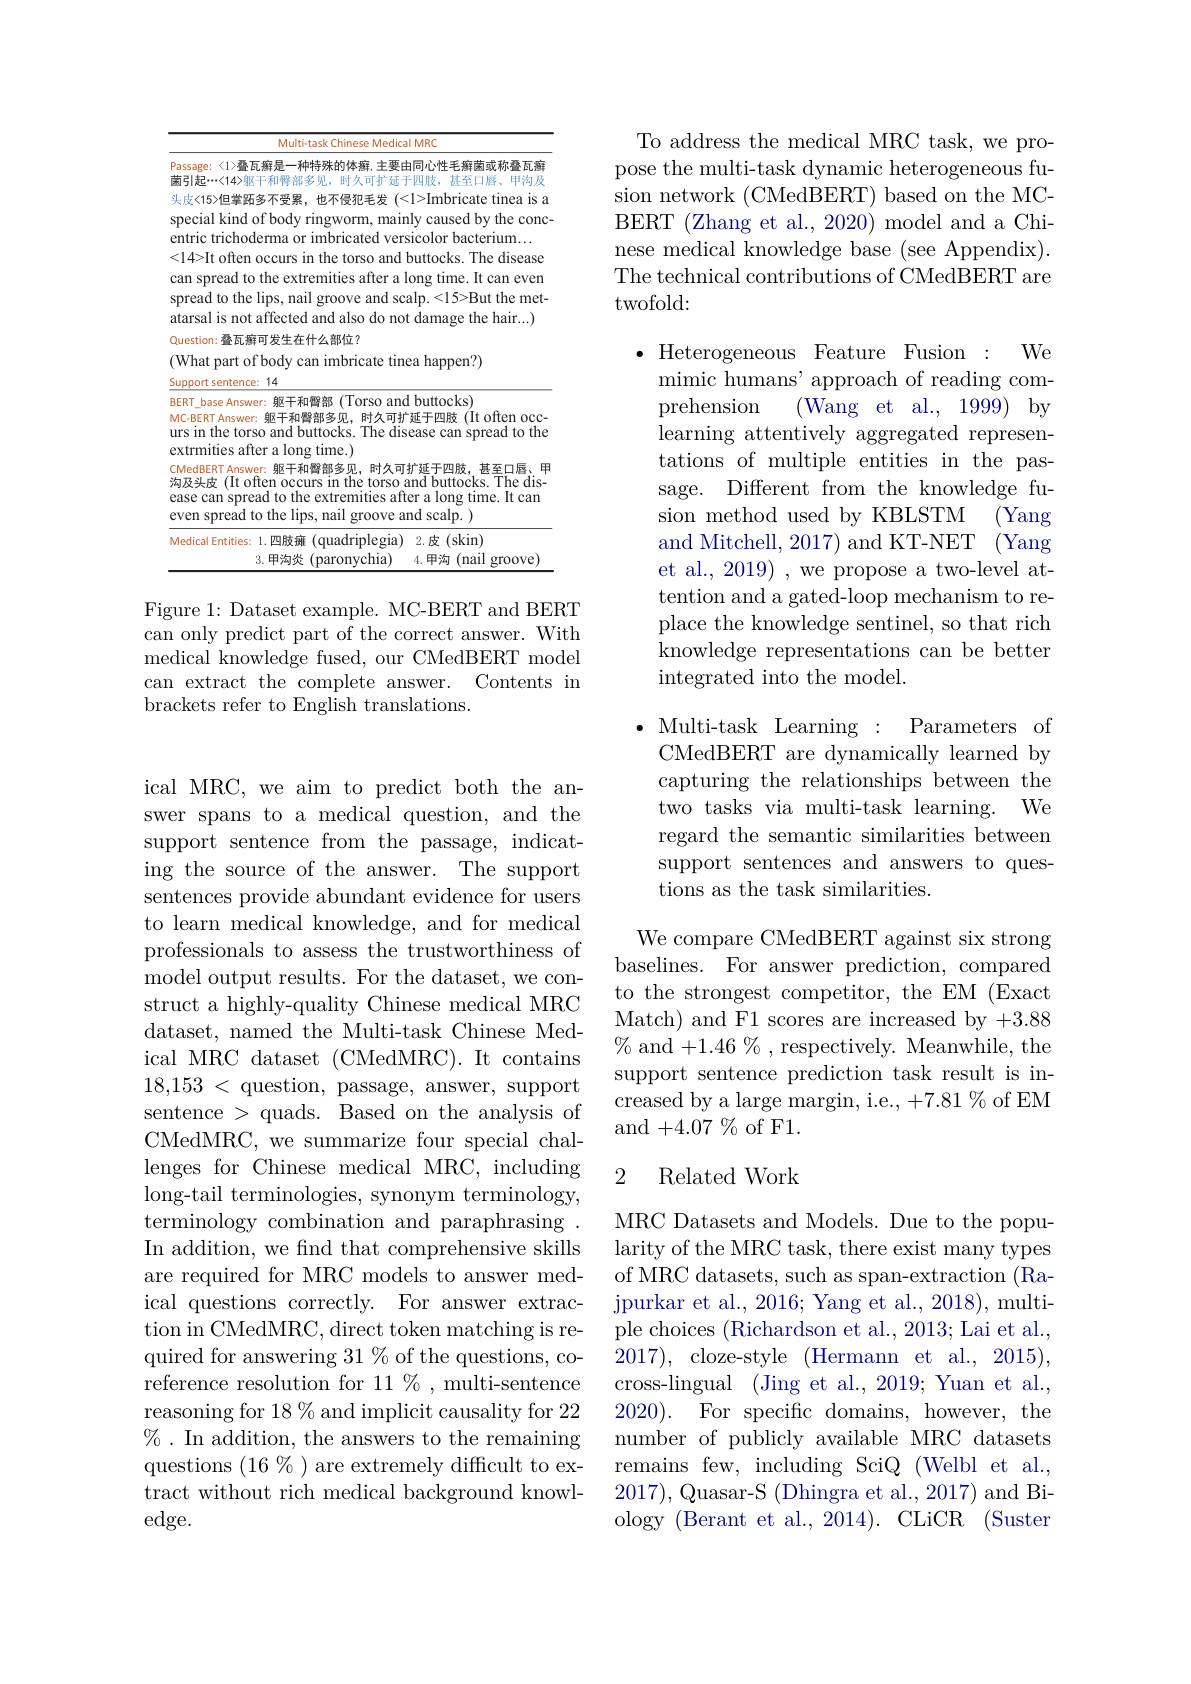
Multi-task Chinese Medical MRC
<table>
	<tbody>
		<tr>
			<td>Passage: <1>叠瓦癬是一种特殊的体癬，主要由 菌引起$\cdots<14>躯干和臀部多见，时久可扩延于$</td>
			<td>同心性毛癣菌或称叠瓦癣 四肢，甚至口唇、甲沟及</td>
		</tr>
		<tr>
			<td>头皮<15>但掌跖多不受累，也不侵犯毛发</td>
			<td>l>Imbricate tinea is a</td>
		</tr>
		<tr>
			<td>special kind of body ringworm, maim entric trichoderma or imbricated vers</td>
			<td>caused by the conc- icolor bacterium...</td>
		</tr>
		<tr>
			<td><14{>}It often occurs in the torso and</td>
			<td>outtocks. The disease</td>
		</tr>
		<tr>
			<td>can spread to the extremities after a l spread to the lips, nail groove and sca atarsal is not affected and also do not</td>
			<td>time. It can even ong lp. < 15> But the met- damage the hair...)</td>
		</tr>
		<tr>
			<td>(What part of body can imbricate tine Support sentence: 14</td>
			<td>$\textbf{happen? })$ $:a$</td>
		</tr>
		<tr>
			<td>BERT base Answer: 躯干和臀部 (Torso and MC-BERT Answer: 躯干和臀部多见，时久可扩 urs in the torso and buttocks. The dis extrmities after a long time.)</td>
			<td>buttocks 延于四肢 (It often occ- ease can spread to the</td>
		</tr>
		<tr>
			<td>mines arter a long time.) CMedBERT Answer: 躯干和臀部多见，时久可 沟及头皮 (It often occurs in the torso a ease can spread to the extremıtıes att even spread to the lips, nail groove at</td>
			<td>广延于四肢，甚至口唇、甲 nd buttocks. The dis- er a long time. It can ${\mathrm{nd~scalp}}.$</td>
		</tr>
		<tr>
			<td>Medical Entities: 1.四肢瘫 (quadriplegia)</td>
			<td>2.皮 (skin)</td>
		</tr>
		<tr>
			<td>3.甲沟炎 (paronvchia)</td>
			<td>4.甲沟 (nail groove</td>
		</tr>
	</tbody>
</table>

Figure 1: Dataset example. MC-BERT and BERT can only predict part of the correct answer. With medical knowledge fused, our CMedBERT model can extract the complete answer. Contents in brackets refer to English translations.

ical MRC, we aim to predict both the answer spans to a medical question, and the support sentence from the passage, indicating the source of the answer. The support sentences provide abundant evidence for users to learn medical knowledge, and for medical professionals to assess the trustworthiness of model output results. For the dataset, we construct a highly-quality Chinese medical MRC dataset, named the Multi-task Chinese Medical MRC dataset (CMedMRC).It contains 18,153 <question, passage, answer, support sentence > quads. Based on the analysis of CMedMRC, we summarize four special challenges for Chinese medical MRC, including long-tail terminologies, synonym terminology, terminology combination and paraphrasing In addition, we find that comprehensive skills are required for MRC models to answer medical questions correctly. For answer extrac- $\operatorname{tion}$ in CMedMRC, direct token matching is required for answering $31\%$ of the questions, coreference resolution for 11 % , multi-sentence reasoning for 18 % and implicit causality for 22 $\%.$ In addition, the answers to the remaining questions $(16\%)$ are extremely difficult to extract without rich medical background knowledge.

To address the medical MRC task, we propose the multi-task dynamic heterogeneous fusion network (CMedBERT) based on the MCBERT (Zhang et al., 2020) model and a Chinese medical knowledge base (see Appendix). The technical contributions of CMedBERT are twofold:

$\bullet$ Heterogeneous Feature Fusion : We

mimic humans' approach of reading com-
prehension
(Wang et al.,1999)by
learning attentively aggregated representations of multiple entities in the passage. Different from the knowledge fusion method used by KBLSTM (Yang and Mitchell, 2017) and KT-NET (Yang et al., 2019) , we propose a two-level attention and a gated-loop mechanism to replace the knowledge sentinel, so that rich knowledge representations can be better integrated into the model.

$\bullet$ Multi-task Learning : Parameters of CMedBERT are dynamically learned by capturing the relationships between the two tasks via multi-task learning. We regard the semantic similarities between support sentences and answers to questions as the task similarities.

We compare CMedBERT against six strong baselines. For answer prediction, compared to the strongest competitor, the EM (Exact Match) and F1 scores are increased by +3.88 $\mathscr{V}_0$ and$+1.46\%$,respectively. Meanwhile, the support sentence prediction task result is increased by a large margin, i.e., +7.81 % of EM and $+4.0\tilde{7}\%$ of F1.

## 2 Related Work

MRC Datasets and Models. Due to the popularity of the MRC task, there exist many types of MRC datasets, such as span-extraction (Ra- ${\text{jpurkar et al., 2016; Yang et al., 2018), multi-}}$ ple choices (Richardson et al., 2013; Lai et al., 2017),cloze-style(Hermann et $al. , 2015) $, cross-lingual (Jing et al., 2019; Yuan et al., 2020). For specific domains, however, the number of publicly available MRC datasets remains few, including SciQ (Welbl et al., 2017),Quasar-S (Dhingra et al., 2017) and Biology (Berant et al., 2014). CLiCR (Suster